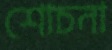
শোচনা